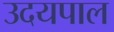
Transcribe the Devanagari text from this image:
उदयपाल